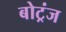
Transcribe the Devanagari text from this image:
बोट्रंज